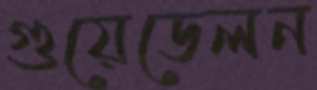
গুয়েডেলন